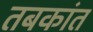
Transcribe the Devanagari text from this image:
तबकांत